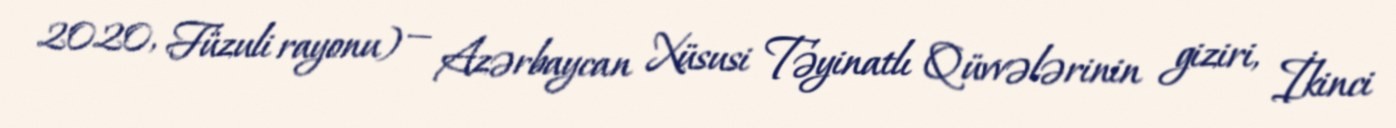
2020, Füzuli rayonu) — Azərbaycan Xüsusi Təyinatlı Qüvvələrinin giziri, İkinci